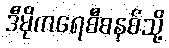
ဒီမိုကရေစီစနစ်သို့